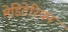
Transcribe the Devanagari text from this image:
मेडिटेरियन